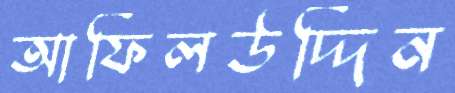
আফিলউদ্দিন